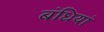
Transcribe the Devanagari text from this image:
बंधियां